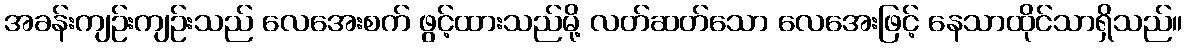
အခန်းကျဉ်းကျဉ်းသည် လေအေးစက် ဖွင့်ထားသည်မို့ လတ်ဆတ်သော လေအေးဖြင့် နေသာထိုင်သာရှိသည်။